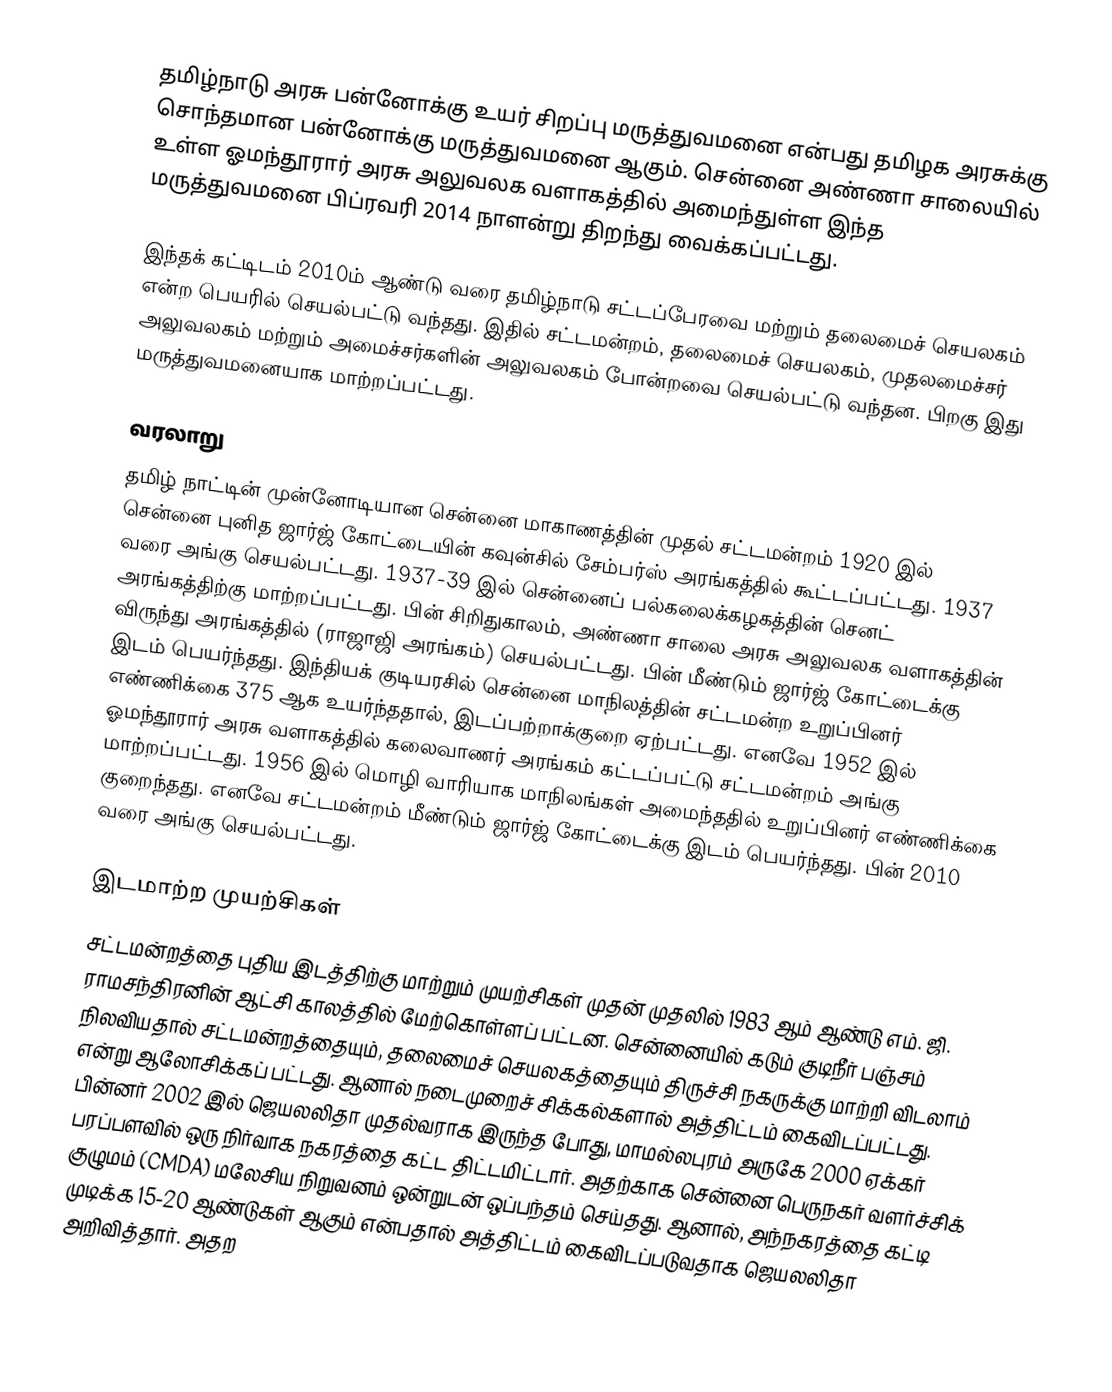
தமிழ்நாடு அரசு பன்னோக்கு உயர் சிறப்பு மருத்துவமனை என்பது தமிழக அரசுக்கு சொந்தமான பன்னோக்கு மருத்துவமனை ஆகும். சென்னை அண்ணா சாலையில் உள்ள ஓமந்தூரார் அரசு அலுவலக வளாகத்தில் அமைந்துள்ள இந்த மருத்துவமனை பிப்ரவரி 2014 நாளன்று திறந்து வைக்கப்பட்டது.

இந்தக் கட்டிடம் 2010ம் ஆண்டு வரை தமிழ்நாடு சட்டப்பேரவை மற்றும் தலைமைச் செயலகம் என்ற பெயரில் செயல்பட்டு வந்தது. இதில் சட்டமன்றம், தலைமைச் செயலகம், முதலமைச்சர் அலுவலகம் மற்றும் அமைச்சர்களின் அலுவலகம் போன்றவை செயல்பட்டு வந்தன. பிறகு இது மருத்துவமனையாக மாற்றப்பட்டது.

வரலாறு
தமிழ் நாட்டின் முன்னோடியான சென்னை மாகாணத்தின் முதல் சட்டமன்றம் 1920 இல் சென்னை புனித ஜார்ஜ் கோட்டையின் கவுன்சில் சேம்பர்ஸ் அரங்கத்தில் கூட்டப்பட்டது. 1937 வரை அங்கு செயல்பட்டது. 1937-39 இல் சென்னைப் பல்கலைக்கழகத்தின் செனட் அரங்கத்திற்கு மாற்றப்பட்டது. பின் சிறிதுகாலம், அண்ணா சாலை அரசு அலுவலக வளாகத்தின் விருந்து அரங்கத்தில் (ராஜாஜி அரங்கம்) செயல்பட்டது. பின் மீண்டும் ஜார்ஜ் கோட்டைக்கு இடம் பெயர்ந்தது. இந்தியக் குடியரசில் சென்னை மாநிலத்தின் சட்டமன்ற உறுப்பினர் எண்ணிக்கை 375 ஆக உயர்ந்ததால், இடப்பற்றாக்குறை ஏற்பட்டது. எனவே 1952 இல் ஓமந்தூரார் அரசு வளாகத்தில் கலைவாணர் அரங்கம் கட்டப்பட்டு சட்டமன்றம் அங்கு மாற்றப்பட்டது. 1956 இல் மொழி வாரியாக மாநிலங்கள் அமைந்ததில் உறுப்பினர் எண்ணிக்கை குறைந்தது. எனவே சட்டமன்றம் மீண்டும் ஜார்ஜ் கோட்டைக்கு இடம் பெயர்ந்தது. பின் 2010 வரை அங்கு செயல்பட்டது.

இடமாற்ற முயற்சிகள்
சட்டமன்றத்தை புதிய இடத்திற்கு மாற்றும் முயற்சிகள் முதன் முதலில் 1983 ஆம் ஆண்டு  எம். ஜி. ராமசந்திரனின் ஆட்சி காலத்தில் மேற்கொள்ளப் பட்டன. சென்னையில் கடும் குடிநீர் பஞ்சம் நிலவியதால் சட்டமன்றத்தையும், தலைமைச் செயலகத்தையும் திருச்சி நகருக்கு மாற்றி விடலாம் என்று ஆலோசிக்கப் பட்டது. ஆனால் நடைமுறைச் சிக்கல்களால் அத்திட்டம் கைவிடப்பட்டது. பின்னர் 2002 இல் ஜெயலலிதா முதல்வராக இருந்த போது, மாமல்லபுரம் அருகே 2000 ஏக்கர் பரப்பளவில் ஒரு நிர்வாக நகரத்தை கட்ட திட்டமிட்டார். அதற்காக சென்னை பெருநகர் வளர்ச்சிக் குழுமம் (CMDA) மலேசிய நிறுவனம் ஒன்றுடன் ஒப்பந்தம் செய்தது. ஆனால், அந்நகரத்தை கட்டி முடிக்க 15-20 ஆண்டுகள் ஆகும் என்பதால் அத்திட்டம் கைவிடப்படுவதாக ஜெயலலிதா அறிவித்தார். அதற